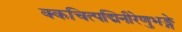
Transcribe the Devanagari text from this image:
क्कचित्पद्मिनीरेणुभङ्गे